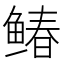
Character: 䲠